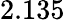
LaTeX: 2.135